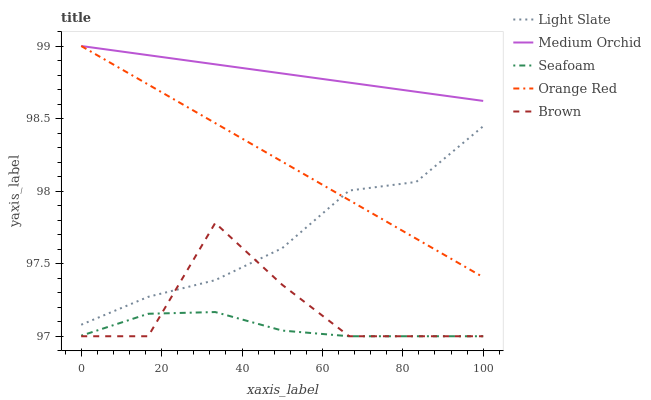
| xaxis_label | Light Slate | Medium Orchid | Seafoam | Orange Red | Brown |
 | --- | --- | --- | --- | --- | --- |
 | 0 | 97.1 | 99 | 97 | 99 | 97 |
 | 16.7 | 97.3 | 98.9 | 97.2 | 98.7 | 97 |
 | 33.3 | 97.4 | 98.9 | 97.2 | 98.5 | 97.8 |
 | 50 | 97.6 | 98.8 | 97 | 98.2 | 97.4 |
 | 66.7 | 98 | 98.7 | 97 | 97.9 | 97 |
 | 83.3 | 98.1 | 98.7 | 97 | 97.7 | 97 |
 | 100 | 98.4 | 98.6 | 97 | 97.4 | 97 |